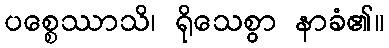
ပစ္စေဿာသိ၊ ရိုသေစွာ နာခံ၏။